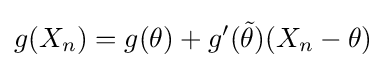
g(X_{n})=g(\theta )+g'({\tilde {\theta }})(X_{n}-\theta )